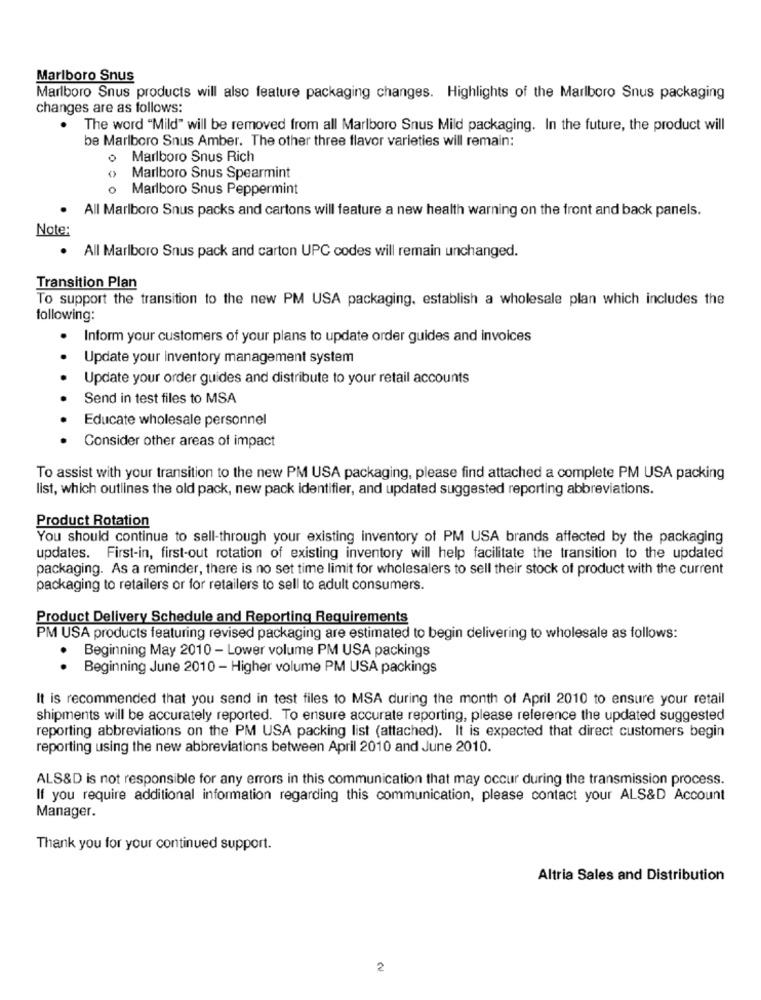
Marlboro Snus
Marlboro Snus products will also feature packaging changes. Highlights of the Marlboro Snus packaging
changes are as follows:
The word "Mild" will be removed from all Marlboro Snus Mild packaging. In the future, the product will
be Marlboro Snus Amber. The other three flavor varieties will remain:
Marlboro Snus Rich
Marlboro Snus Spearmint
o Marlboro Snus Peppermint
All Marlboro Snus packs and cartons will feature a new health warning on the front and back panels.
Note:
. All Marlboro Snus pack and carton UPC codes will remain unchanged.
Transition Plan
To support the transition to the new PM USA packaging. establish a wholesale plan which includes the
following:
Inform your customers of your plans to update order guides and invoices
Update your inventory management system
Update your order guides and distribute to your retail accounts
Send in test files to MSA
Educate wholesale personnel
Consider other areas of impact
To assist with your transition to the new PM USA packaging, please find attached a complete PM USA packing
list, which outlines the old pack, new pack identifier, and updated suggested reporting abbreviations.
Product Rotation
You should continue to sell-through your existing inventory of PM USA brands affected by the packaging
updates. First-in, first-out rotation of existing inventory will help facilitate the transition to the updated
packaging. As a reminder, there is no set time limit for wholesalers to sell their stock of product with the current
packaging to retailers or for retailers to sell to adult consumers.
Product Delivery Schedule and Reporting Requirements
PM USA products featuring revised packaging are estimated to begin delivering to wholesale as follows:
Beginning May 2010 - Lower volume PM USA packings
Beginning June 2010 - Higher volume PM USA packings
. .
It is recommended that you send in test files to MSA during the month of April 2010 to ensure your retail
shipments will be accurately reported. To ensure accurate reporting, please reference the updated suggested
reporting abbreviations on the PM USA packing list (attached). It is expected that direct customers begin
reporting using the new abbreviations between April 2010 and June 2010.
ALS&D is not responsible for any errors in this communication that may occur during the transmission process.
If you require additional information regarding this communication, please contact your ALS&D Account
Manager.
Thank you for your continued support.
Altria Sales and Distribution
2